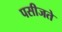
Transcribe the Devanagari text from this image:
पसीजते